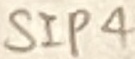
Text: SIP4